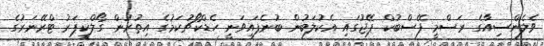
ވެލެންސިއާގެ ރަސްމީ ފޭސްބުކް ޕޭޖުގައި އެކުލަބުން ބުނެފައިވަނީ ހެޑްކޯޗުކަމުގެ އިތުރުން ގޯލްކީޕަރު ޓްރޭނަރުގެ